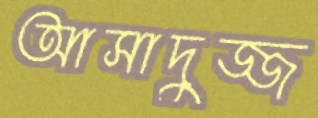
আসাদুজ্জ